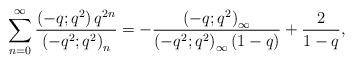
LaTeX: \begin{align*}\sum_{n=0}^\infty \frac{\left(-q;q^2\right)q^{2n}}{\left(-q^2;q^2\right)_n}&=-\frac{\left(-q;q^2\right)_\infty}{\left(-q^2;q^2\right)_\infty(1-q)} + \frac{2}{1-q},\end{align*}